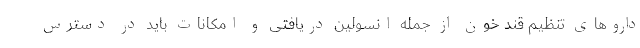
داروهای تنظیم قند خون از جمله انسولین دریافتی و امکانات باید در دسترس